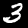
Digit: 3